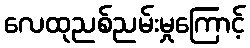
လေထုညစ်ညမ်းမှုကြောင့်